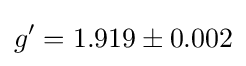
g'=1.919\pm {}0.002